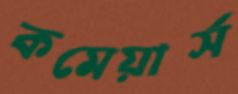
কমেয়ার্স